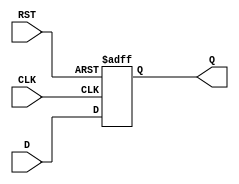
module IntermediateRegister (
    input wire D,       // Data Input
    input wire CLK,     // Clock Input
    input wire RST,     // Reset Input
    output reg Q        // Data Output
);

// Asynchronous reset behavior
always @ (posedge CLK or posedge RST) begin
    if (RST) begin
        Q <= 1'b0;     // Resetting Q to 0
    end else begin
        Q <= D;        // Capturing the data on the rising edge of CLK
    end
end

endmodule